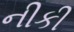
નીકી